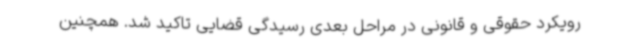
رویکرد حقوقی و قانونی در مراحل بعدی رسیدگی قضایی تاکید شد. همچنین